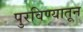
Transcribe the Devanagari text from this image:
पुरविण्यातून